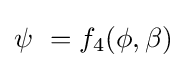
\psi \ =f_{4}(\phi ,\beta )